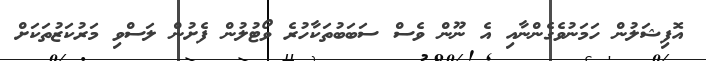
އޮފިޝަލުން ހަމަނުވެގެންނާއި އެ ނޫން ވެސް ސަބަބުތަކާހުރެ ވޯޓުލުން ފެށުން ލަސްވި މަރުކަޒުތަކަށް